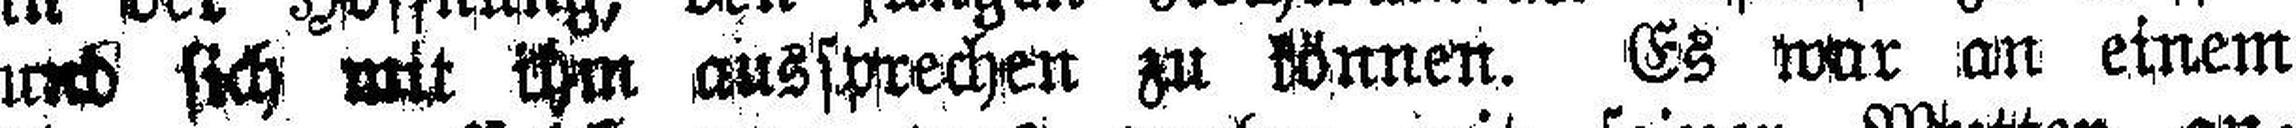
und sich mit ihm aussprechen zu können. Es war an einem